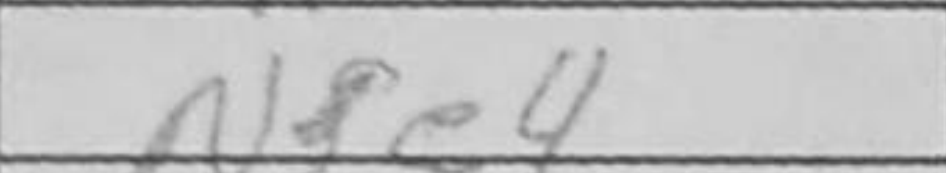
Transcription: Nfe4